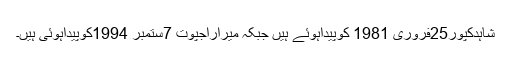
شاہدکپور25فروری 1981 کوپیداہوئے ہیں جبکہ میراراجپوت 7ستمبر 1994کوپیداہوئی ہیں۔